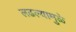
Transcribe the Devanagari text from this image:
लढल्यामुळे